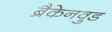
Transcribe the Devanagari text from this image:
ब्रैकेनवुड